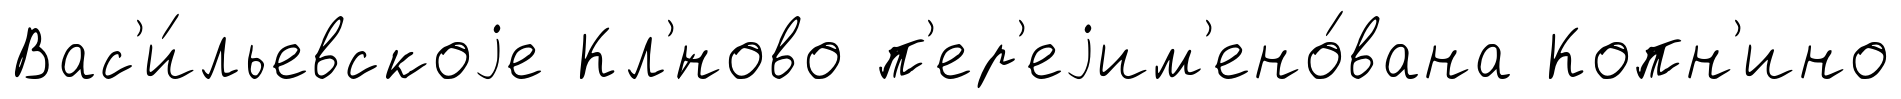
Вас'и́льевскоjе Кл'́ново п'ер'еjим'ено́вана Копн'ино